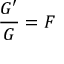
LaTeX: { \frac { G ^ { \prime } } { G } } = F